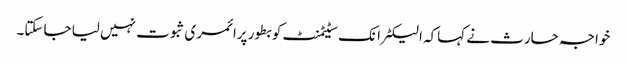
خواجہ حارث نے کہاکہ الیکٹرانک سٹیٹمنٹ کو بطور پرائمری ثبوت نہیں لیا جاسکتا۔